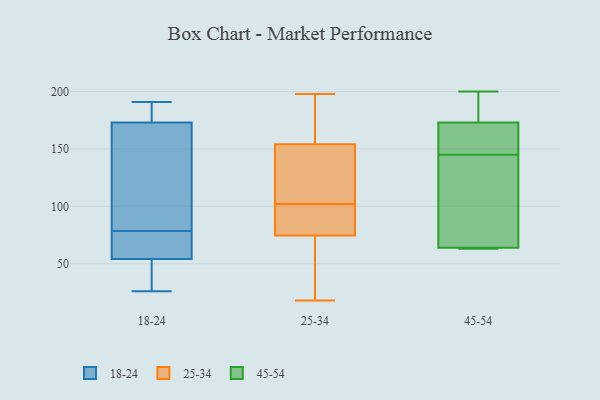
{"axis": {"x": "Latency (ms)", "y": "Value"}, "legend": ["18-24", "25-34", "45-54"], "data": [{"x": "", "y": 130, "type": "18-24"}, {"x": "", "y": 174, "type": "18-24"}, {"x": "", "y": 33, "type": "18-24"}, {"x": "", "y": 55, "type": "18-24"}, {"x": "", "y": 88, "type": "18-24"}, {"x": "", "y": 69, "type": "18-24"}, {"x": "", "y": 191, "type": "18-24"}, {"x": "", "y": 27, "type": "18-24"}, {"x": "", "y": 26, "type": "18-24"}, {"x": "", "y": 54, "type": "18-24"}, {"x": "", "y": 173, "type": "18-24"}, {"x": "", "y": 175, "type": "18-24"}, {"x": "", "y": 170, "type": "18-24"}, {"x": "", "y": 59, "type": "18-24"}, {"x": "", "y": 102, "type": "25-34"}, {"x": "", "y": 104, "type": "25-34"}, {"x": "", "y": 156, "type": "25-34"}, {"x": "", "y": 175, "type": "25-34"}, {"x": "", "y": 75, "type": "25-34"}, {"x": "", "y": 57, "type": "25-34"}, {"x": "", "y": 89, "type": "25-34"}, {"x": "", "y": 135, "type": "25-34"}, {"x": "", "y": 152, "type": "25-34"}, {"x": "", "y": 64, "type": "25-34"}, {"x": "", "y": 74, "type": "25-34"}, {"x": "", "y": 81, "type": "25-34"}, {"x": "", "y": 18, "type": "25-34"}, {"x": "", "y": 198, "type": "25-34"}, {"x": "", "y": 161, "type": "25-34"}, {"x": "", "y": 102, "type": "25-34"}, {"x": "", "y": 135, "type": "45-54"}, {"x": "", "y": 172, "type": "45-54"}, {"x": "", "y": 173, "type": "45-54"}, {"x": "", "y": 155, "type": "45-54"}, {"x": "", "y": 178, "type": "45-54"}, {"x": "", "y": 64, "type": "45-54"}, {"x": "", "y": 200, "type": "45-54"}, {"x": "", "y": 63, "type": "45-54"}, {"x": "", "y": 63, "type": "45-54"}, {"x": "", "y": 79, "type": "45-54"}]}